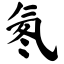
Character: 氡